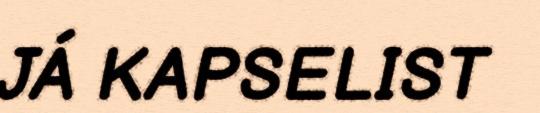
JÁ KAPSELIST